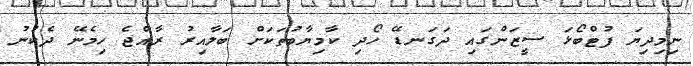
ނިމިދިޔަ ފުޓްބޯޅަ ސީޒަންގައި ދަގަނޑޭ ހޯދި ކާމިޔާބުތަކަށް ބަލާއިރު ރާއްޖެ ހިމެނޭ ދެކުނު